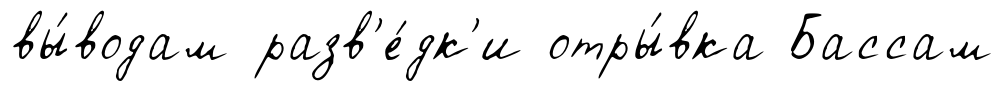
вы́водам разв'е́дк'и отры́вка Бассам